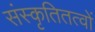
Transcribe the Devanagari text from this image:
संस्कृतितत्वों